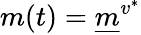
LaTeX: m(t)=\underline{m}^{v^{*}}